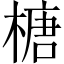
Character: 榶